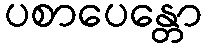
ပစာပေန္တော